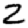
Digit: 2